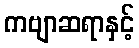
ကဗျာဆရာနှင့်